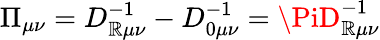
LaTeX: \Pi_{\mu\nu}=D_{\mathbb{R}\mu\nu}^{-1}-D_{0\mu\nu}^{-1}=\PiD_{\mathbb{R}\mu\nu}^{-1}